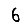
Digit: 6